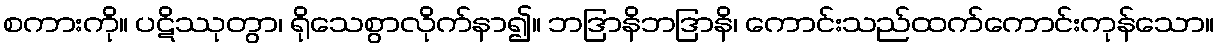
စကားကို။ ပဋိဿုတွာ၊ ရိုသေစွာလိုက်နာ၍။ ဘဒြာနိဘဒြာနိ၊ ကောင်းသည်ထက်ကောင်းကုန်သော။